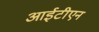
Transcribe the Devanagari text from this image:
आईटीएन